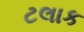
ટલાક